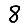
Digit: 8